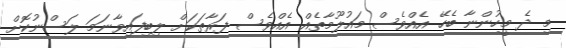
މި ދެ މީހުންނާ ބެހޭ އެއްވެސް މައުލޫމާތެއް އެއްވެސް ފަރާތަކަށް ލިބިފައިވާނަމަ ލަސްނުކޮށް